Lunatic asylums in Bengal annual reports 1899-1911 - 1899-1911
Year: 1899
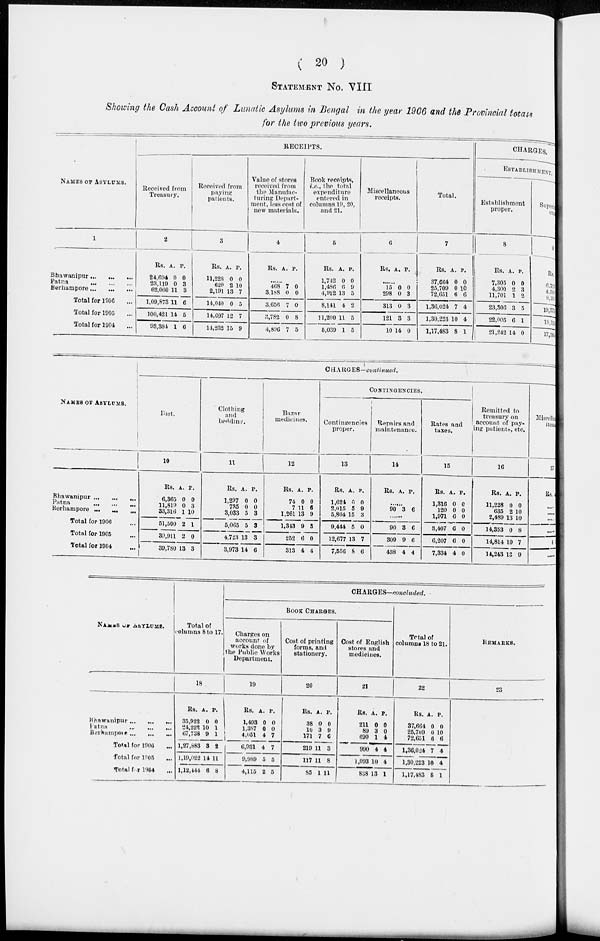
( 20 )
STATEMENT No. VIII
Showing the Cash Account of Lunatic Asylums in Bengal in the year 1906 and the Provincial totals
for the two previous years.
NAMES OF ASYLUMS.
1
Bhawanipur
...
...
...
Patna
...
...
...
Berhampore ... ... ...
Total for 1906 ...
Total for 1905 ...
Total for 1904 ...
RECEIPTS.
Received from
Treasury.
2
Rs.
24,694
23,119
62,060
1,09,873
100,421
93,304
A.
0
0
11
11
14
1
P.
0
3
3
6
5
6
Received from
paying
patients.
3
Rs.
11,228
620
2,191
14,040
14,697
14,232
A.
0
2
13
0
12
15
P.
0
10
7
5
7
9
Value of stores
received from
the Manufac-
turing Depart-
ment, less cost of
new materials.
4
Rs.
...
468
3,188
3,656
3,782
4,896
A.
...
7
0
7
0
7
P.
...
0
0
0
8
5
Book receipts,
i.e., the total
expenditure
entered in
columns 19, 20,
and 21.
5
Rs.
1,742
1,486
4,912
8,141
11,200
6,039
A.
0
6
13
4
11
1
P.
0
9
5
2
5
5
Miscellaneous
receipts.
6
Rs. A. P.
......
15
298
313
121
10
0
0
0
3
14
0
3
3
3
0
Total.
7
Rs.
37,664
25,709
72,651
1,36,024
1,30,223
1,17,483
A.
0
0
6
7
10
8
P.
0
10
6
4
4
1
CHARGES.
ESTABLISHMENT.
Establishment
proper.
8
Rs.
7,305
4,300
11,701
23,306
22,005
21,242
A.
0
2
1
3
6
14
P.
0
3
2
5
1
0
Superintend-
ence.
9
Rs.
6,713
4,560
8,169
19,373
18,116
17,560
NAMES OF ASYLUMS.
1
Bhawanipur
...
...
...
Patna
...
...
...
Berhampore
...
...
...
Total for 1906 ...
Total for 1905 ...
Total for 1904 ...
CHARGES—continued.
Diet.
10
Rs.
6,365
11,819
33,316
51,500
39,911
39,780
A.
0
0
1
2
2
13
P.
0
3
10
1
0
3
Clothing
and
bedding.
11
Rs.
1,297
735
3,033
5,065
4,723
3,973
A.
0
0
5
5
13
14
P.
0
0
3
3
3
6
Bazar
medicines.
12
Rs.
74
7
1,261
1,343
252
313
A.
0
11
13
9
6
4
P.
0
6
9
3
0
4
CONTINGENCIES.
Contingencies
proper.
13
Rs.
1,624
2,015
5,804
9,444
12,677
7,556
A.
0
5
15
5
13
8
P.
0
9
3
0
7
6
Repairs and
maintenance.
14
Rs. A. P.
......
90 3 6
......
90
309
438
3
9
4
6
6
4
Rates and
taxes.
15
Rs.
1,316
120
1,971
3,407
6,207
7,334
A.
0
0
6
6
6
4
P.
0
0
0
0
0
0
Remitted to
treasury on
account of pay-
ing patients, etc.
16
Rs.
11,228
635
2,489
14,353
14,814
14,243
A.
0
2
13
0
10
13
P.
0
10
10
8
7
9
Miscellaneous
item
17
Rs.
......
......
4
NAMES OF ASYLUMS.
Bhawanipur
...
...
...
Patna
...
...
...
Berhampore
...
...
...
Total for 1906 ...
Total for 1905 ...
Total for 1904 ...
Total of
columns 8 to 17.
18
Rs.
35,922
21,222
67,738
1,27,883
1,19,022
1,12,444
A.
0
10
9
3
14
6
P.
0
1
1
2
11
8
CHARGES— concluded.
BOOK CHARGES.
Charges on
account of
works done by
the Public Works
Department.
19
Rs.
1,493
1,387
4,051
6,931
9,989
4,115
A.
0
0
4
4
5
2
P.
0
0
7
7
5
5
Cost of printing
forms, and
stationery.
20
Rs.
38
10
171
219
117
85
A.
0
3
7
11
11
1
P.
0
9
6
3
8
11
Cost of English
stores and
medicines.
21
Rs.
211
89
690
990
1,093
838
A.
0
3
1
4
10
13
P.
0
0
4
4
4
1
Total of
columns 18 to 21.
22
Rs.
37,664
25,709
72,651
1,36,024
1,30,223
1,17,483
A.
0
0
6
7
10
8
P.
0
10
6
4
4
1
REMARKS.
23